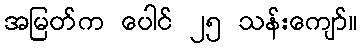
အမြတ်က ပေါင် ၂၅ သန်းကျော်။